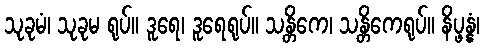
သုခုမံ၊ သုခုမ ရုပ်။ ဒူရေ၊ ဒူရေရုပ်။ သန္တိကေ၊ သန္တိကေရုပ်။ နိပ္ဖန္နံ၊